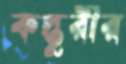
কস্তুরীর